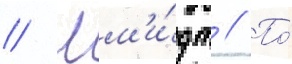
// Шм'и́дт // По́